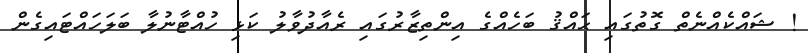
! ޝައްކެއްނެތް ގޮތުގައި ޙައްޤު ބަހެއްގެ އިންތިޒާރުގައި ރެއާދުވާލު ކަޅި ހުއްޓާނުލާ ބަލަހައްޓައިގެން